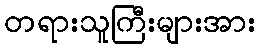
တရားသူကြီးများအား